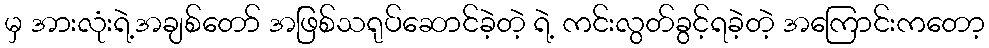
မှ အားလုံးရဲ့အချစ်တော် အဖြစ်သရုပ်ဆောင်ခဲ့တဲ့ ရဲ့ ကင်းလွတ်ခွင့်ရခဲ့တဲ့ အကြောင်းကတော့